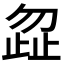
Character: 𭭩